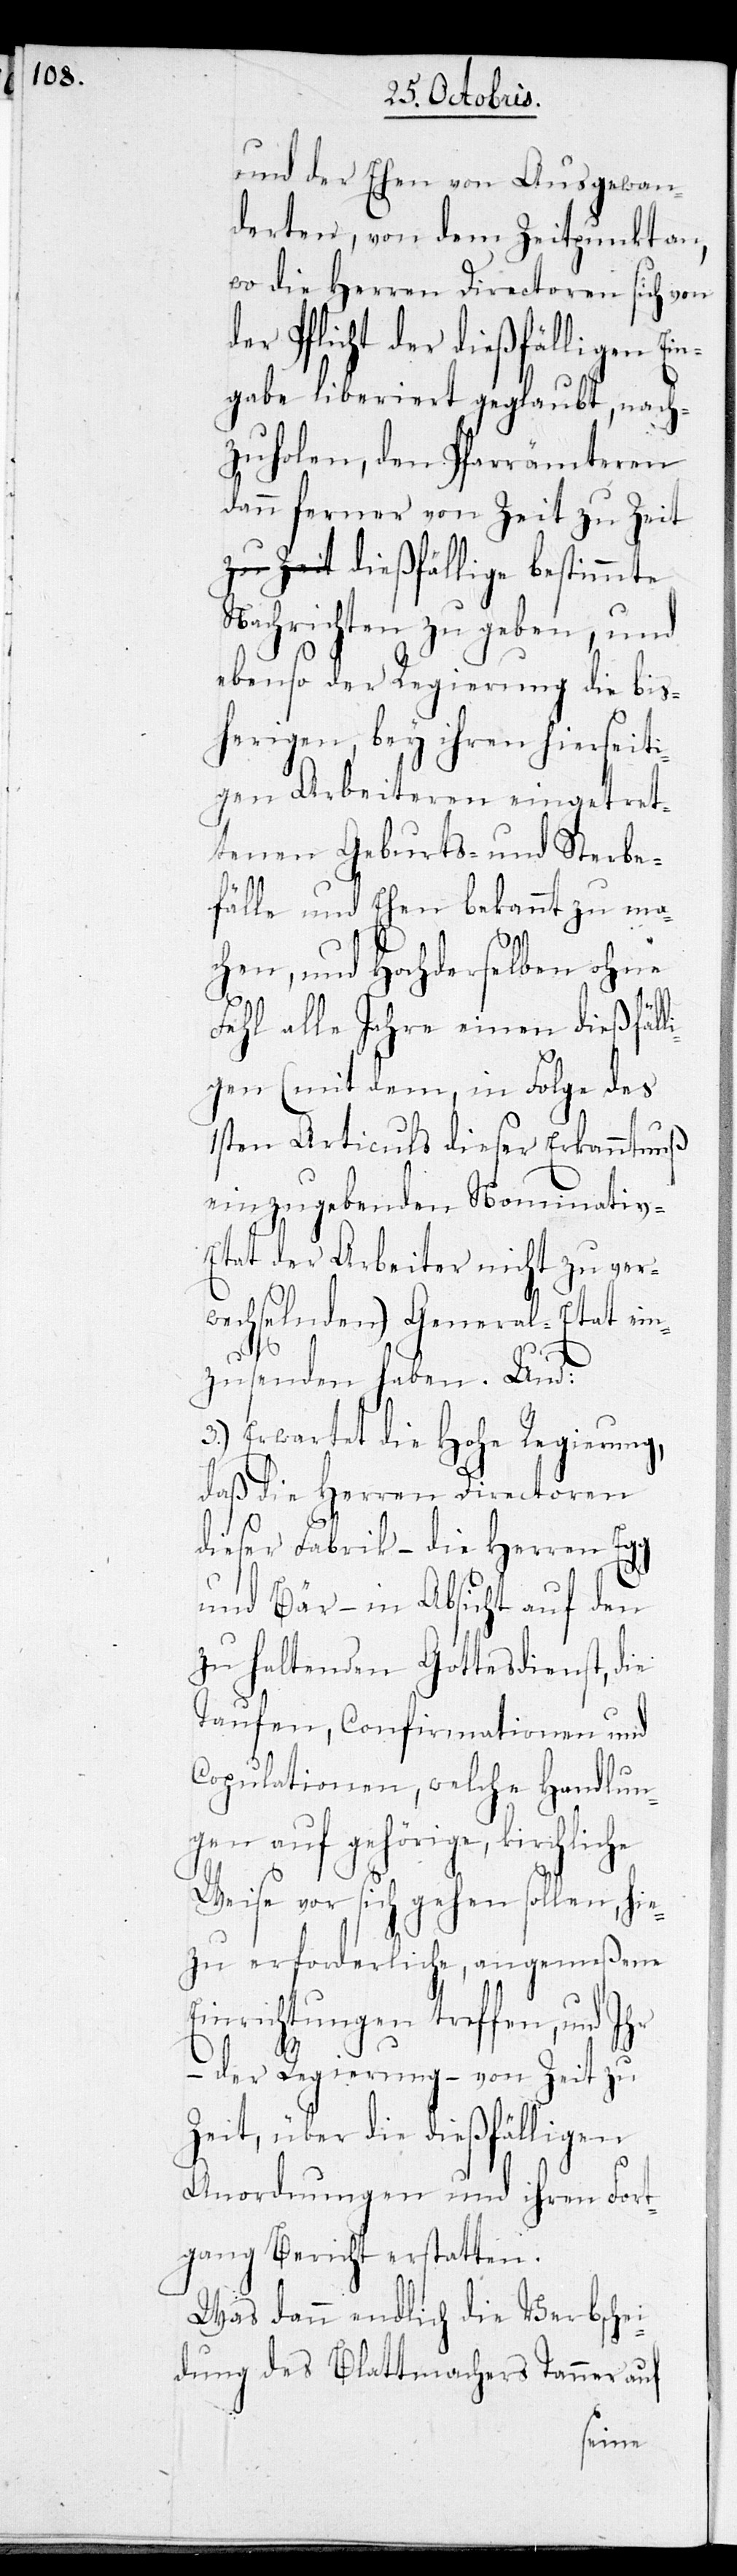
und der Ehen von Ausgewan¬
derten, von dem Zeitpunkt an,
wo die Herren Directoren sich von
der Pflicht der dießfälligen Ein¬
gabe liberiert geglaubt, nach¬
zuholen, den Pfarrämteren
dann ferner von Zeit zu Zei¬
t dießfällige bestimmte
Nachrichten zu geben, und
ebenso der Regierung die bis¬
herigen, bey ihren hierseiti¬
gen Arbeiteren eingetret¬
tenen Geburts- und Sterbe¬
fälle und Ehen bekannt zu ma¬
chen, und Hochderselben ohne
Fehl alle Jahre einen dießfäll¬
igen (mit dem, in Folge des
1sten Articuls dieser Erkanntnuß
einzugebenden Nominativ-E¬
tat der Arbeiter nicht zu ver¬
wechselnden) General-Etat ein¬
zusenden haben. Und:
3.) Erwartet die Hohe Regierung,
daß die Herren Directoren
dieser Fabrik – die Herren Egg
und Bär – in Absicht auf den
zu haltenden Gottesdienst, die
Taufen, Confirmationen und
Copulationen, welche Handlun¬
gen auf gehörige, kirchliche
Weise vor sich gehen sollen, hie¬
zu erforderliche, angemeßene
Einrichtungen treffen, und Ihr
– der Regierung – von Zeit zu
Zeit, über die dießfälligen
Anordnungen und ihren Fort¬
gang Bericht erstatten.
Was dann endlich die Verbschei¬
dung des Blattmachers Tanner auf